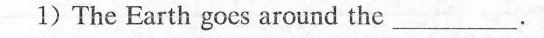
1) The Earth goes around the ___ .